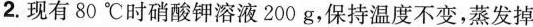
2.现有80℃时硝酸钾溶液200g，保持温度不变，蒸发掉